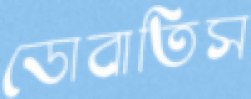
ডোবাতিস